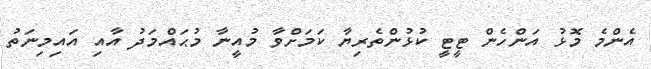
އެންމެ މޮޅު އަންހެން ޓީޓީ ކުޅުންތެރިޔާ ކަމަށްވާ މުއީނާ މުޙައްމަދު އާއި އައިމިނަތު